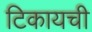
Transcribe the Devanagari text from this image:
टिकायची